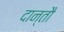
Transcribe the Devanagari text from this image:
दान्तौ